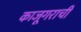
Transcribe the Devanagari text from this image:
काजूगराची